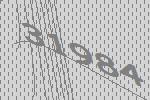
31984